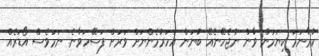
ކުރާނަމަ ކިޔަމަން ވާން ނުޖެހޭނެއޭ ބުނަން އަހަރުމެންނަށް ވަރަށް ފަސޭހަވާނެ. ނަމަވެސް އޯޑަރެއް